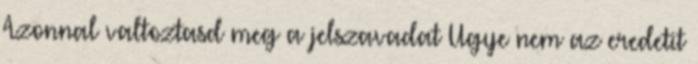
Azonnal valtoztasd meg a jelszavadat Ugye nem az eredetit